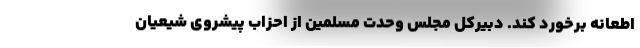
اطعانه برخورد کند. دبیرکل مجلس وحدت مسلمین از احزاب پیشروی شیعیان